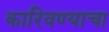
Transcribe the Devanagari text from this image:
कारिवण्याचा